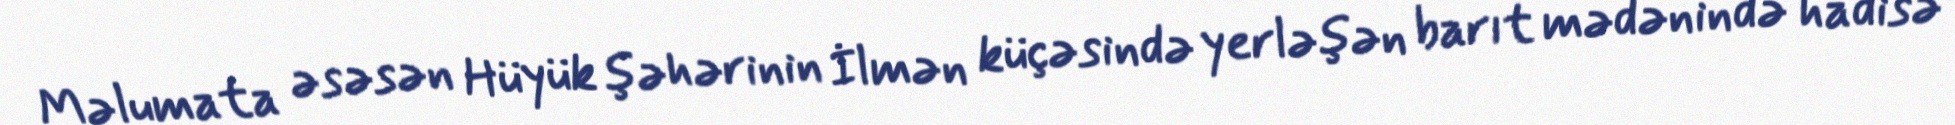
Məlumata əsəsən Hüyük şəhərinin İlmən küçəsində yerləşən barıt mədənində hadisə